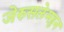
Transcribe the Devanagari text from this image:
जेरुसलेमहुन